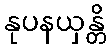
နုပနယှန္တိ